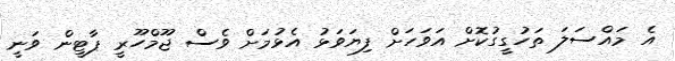
އެ މައްސަލަ ތަހުގީގުކޮށް އަވަހަށް ފިޔަވަޅު އެޅުމަށް ވެސް ޖޫމްހޫރީ ޕާޓީން ވަނީ